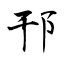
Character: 邘